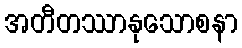
အတီတဿာနုသောစနာ